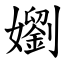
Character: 嬼